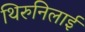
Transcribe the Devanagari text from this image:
थिरुनिलाई